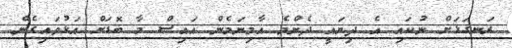
ރަނގަޅަށް ނުކައި އެ ދިޔައީ ދެންމެ އާމިނަމެން އައިސް މާ ބޮޑަށް އަޅުވައިގެން